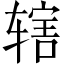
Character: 辖